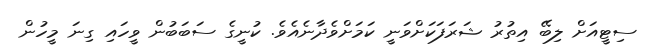
ސިޓީއަށް ލިބޭ އިތުރު ޝަރަފަކަށްވަނީ ކަމަށްވެދާނެއެވެ. ކުނީގެ ސަބަބުން ވީހައި ގިނަ މީހުން